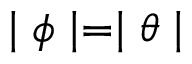
\mid \phi \mid = \mid \theta \mid